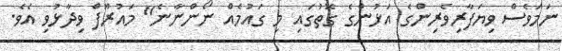
ނަމަވެސް ވިޔަފާރިވެރިންގެ އަޅުންގެ ގޮތުގައި މި ގައުމެއް ނޯންނާނެ" މައުރޫފް ވިދާޅުވި އެވެ.